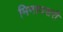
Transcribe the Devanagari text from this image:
मिनाज्शरी